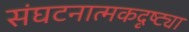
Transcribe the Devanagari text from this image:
संघटनात्मकदृष्ट्या